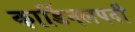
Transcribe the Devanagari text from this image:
कार्डिनलपदी